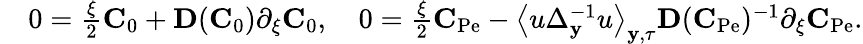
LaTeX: \begin{array}{rl}&{0=\frac{\xi}{2}\mathbf{C}_{0}+\mathbf{D}(\mathbf{C}_{0})\partial_{\xi}\mathbf{C}_{0},\quad 0=\frac{\xi}{2}\mathbf{C}_{\mathrm{Pe}}-\left\langle u\Delta_{\mathbf{y}}^{-1}u\right\rangle_{\mathbf{y},\tau}\mathbf{D}(\mathbf{C}_{\mathrm{Pe}})^{-1}\partial_{\xi}\mathbf{C}_{\mathrm{Pe}}.}\end{array}